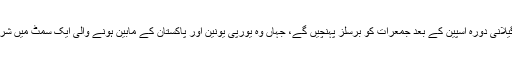
یوسف رضا گیلانی دورہ اسپین کے بعد جمعرات کو برسلز پہنچیں گے، جہاں وہ یورپی یونین اور پاکستان کے مابین ہونے والی ایک سمٹ میں شریک ہوں گے۔